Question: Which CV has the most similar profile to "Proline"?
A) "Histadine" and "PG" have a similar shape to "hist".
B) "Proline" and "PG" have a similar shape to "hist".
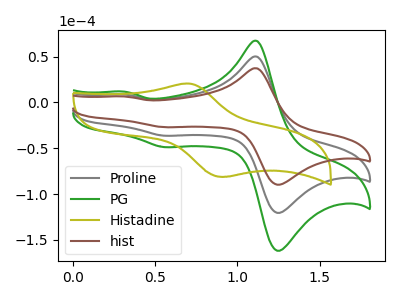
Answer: <think>The gray curve "Proline" has anodic peaks at (1.10V, 49.90uA) (0.30V, 8.70uA) and cathodic peaks at (1.25V, -119.40uA) (0.55V, -36.35uA). The green curve "PG" has anodic peaks at (1.10V, 99.85uA) (0.30V, 17.45uA) and cathodic peaks at (1.25V, -238.75uA) (0.55V, -72.70uA). The olive curve "Histadine" has an anodic peak at (0.70V, 20.55uA) and a cathodic peak at (0.90V, -81.10uA). The brown curve "hist" has anodic peaks at (1.10V, 37.20uA) (0.30V, 6.50uA) and cathodic peaks at (1.25V, -88.90uA) (0.55V, -27.05uA).
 All the peaks in "Proline" have a peak in "PG" at the same potential. Every peak in "Proline" is lower than every peak in "PG". "Proline" and "Histadine" have a different number of peaks. All the peaks in "Proline" have a peak in "hist" at the same potential. Every peak in "Proline" is higher than every peak in "hist". "PG" and "Histadine" have a different number of peaks. All the peaks in "PG" have a peak in "hist" at the same potential. Every peak in "PG" is higher than every peak in "hist". "Histadine" and "hist" have a different number of peaks.</think>
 <answer>B) "Proline" and "PG" have a similar shape to "hist".</answer>
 <eval>B</eval>